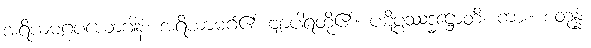
အရိယမဂ္ဂပယောဂါနံ၊ အရိယာမဂ်၏ ဗျာပါရတို့၏။ ပဋိပ္ပဿဒ္ဓဋ္ဌောတိ၊ ကား။ စတုန္နံ၊